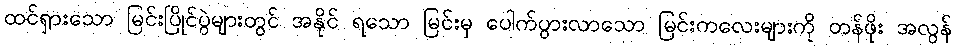
ထင်ရှားသော မြင်းပြိုင်ပွဲများတွင် အနိုင် ရသော မြင်းမှ ပေါက်ပွားလာသော မြင်းကလေးများကို တန်ဖိုး အလွန်